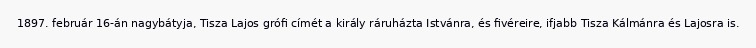
1897. február 16-án nagybátyja, Tisza Lajos grófi címét a király ráruházta Istvánra, és fivéreire, ifjabb Tisza Kálmánra és Lajosra is.